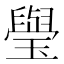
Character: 㼂